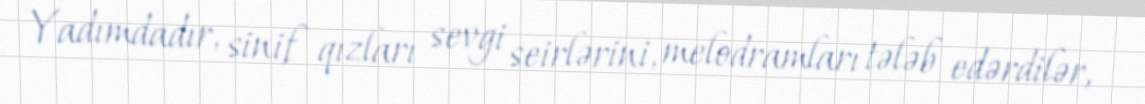
Yadımdadır, sinif qızları sevgi seirlərini, melodramları tələb edərdilər,